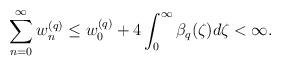
LaTeX: \begin{align*} \sum\limits_{n=0}^{\infty} w_{n}^{(q)} \leq w_0^{(q)} + 4 \int_{0}^{\infty} \beta_q(\zeta) d\zeta < \infty. \end{align*}